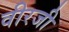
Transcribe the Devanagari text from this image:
वीरजी